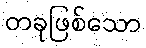
တခုဖြစ်သော